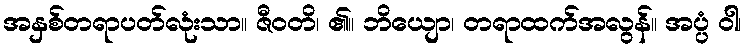
အနှစ်တရာပတ်လုံးသာ။ ဇီဝတိ၊ ၏။ ဘိယျော၊ တရာထက်အလွန်။ အပ္ပံ ဝါ၊